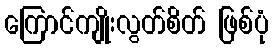
ကြောင်ကျိုးလွတ်စိတ် ဖြစ်ပုံ